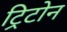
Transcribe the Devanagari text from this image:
ट्रिटोन